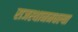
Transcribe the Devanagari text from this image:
राजस्थानमधल्या